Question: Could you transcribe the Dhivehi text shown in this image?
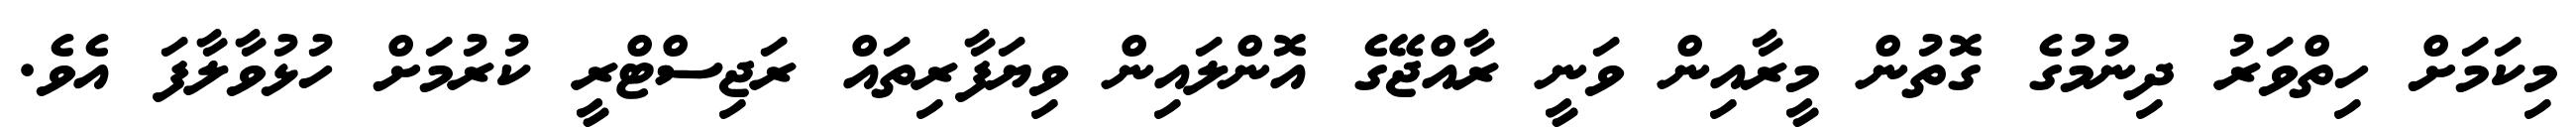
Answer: މިކަމަށް ހިތްވަރު ދިނުމުގެ ގޮތުން މީރާއިން ވަނީ ރާއްޖޭގެ އޮންލައިން ވިޔަފާރިތައް ރަޖިސްޓްރީ ކުރުމަށް ހުޅުވާލާފަ އެވެ.